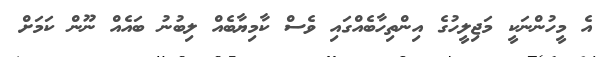
އެ މީހުންނަކީ މަޖިލީހުގެ އިންތިހާބެއްގައި ވެސް ކާމިޔާބެއް ލިބުނު ބައެއް ނޫން ކަމަށް